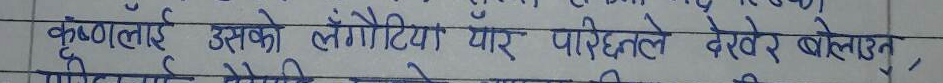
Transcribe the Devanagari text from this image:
कष्णलाई उसको लँगौटिया यार परिछेते देखेर बोलाउन,